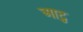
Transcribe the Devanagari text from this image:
आटु